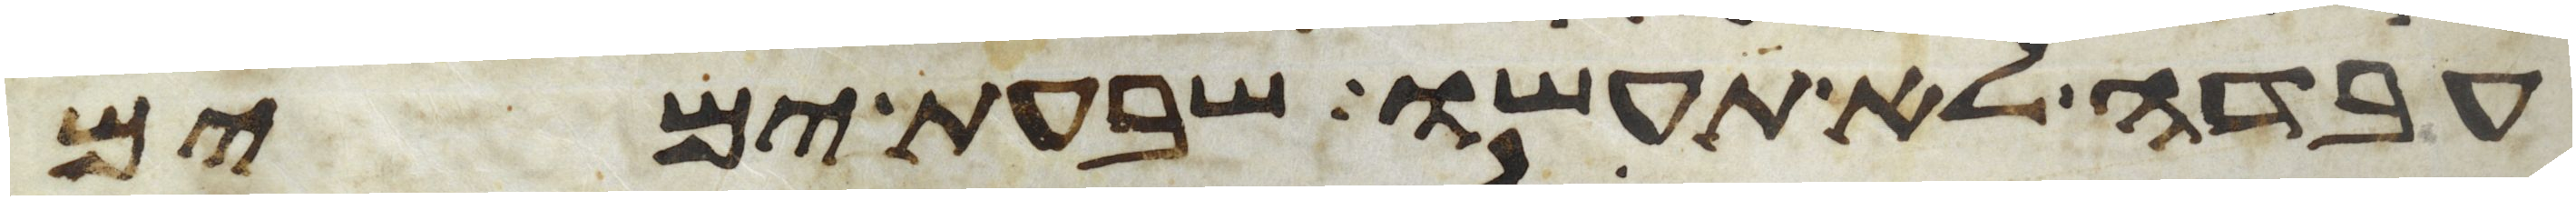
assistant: עבדה לא תעשו שבעת ימים